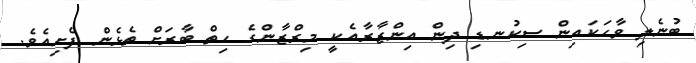
ބުނެލި ވާހަކައިން ސިކުނޑި ދިން އިންޒާރާއެކީ މިރްޒާންގެ ހިތް ބާރަށް ތެޅެން ފެށިއެވެ.